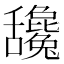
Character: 𦧻